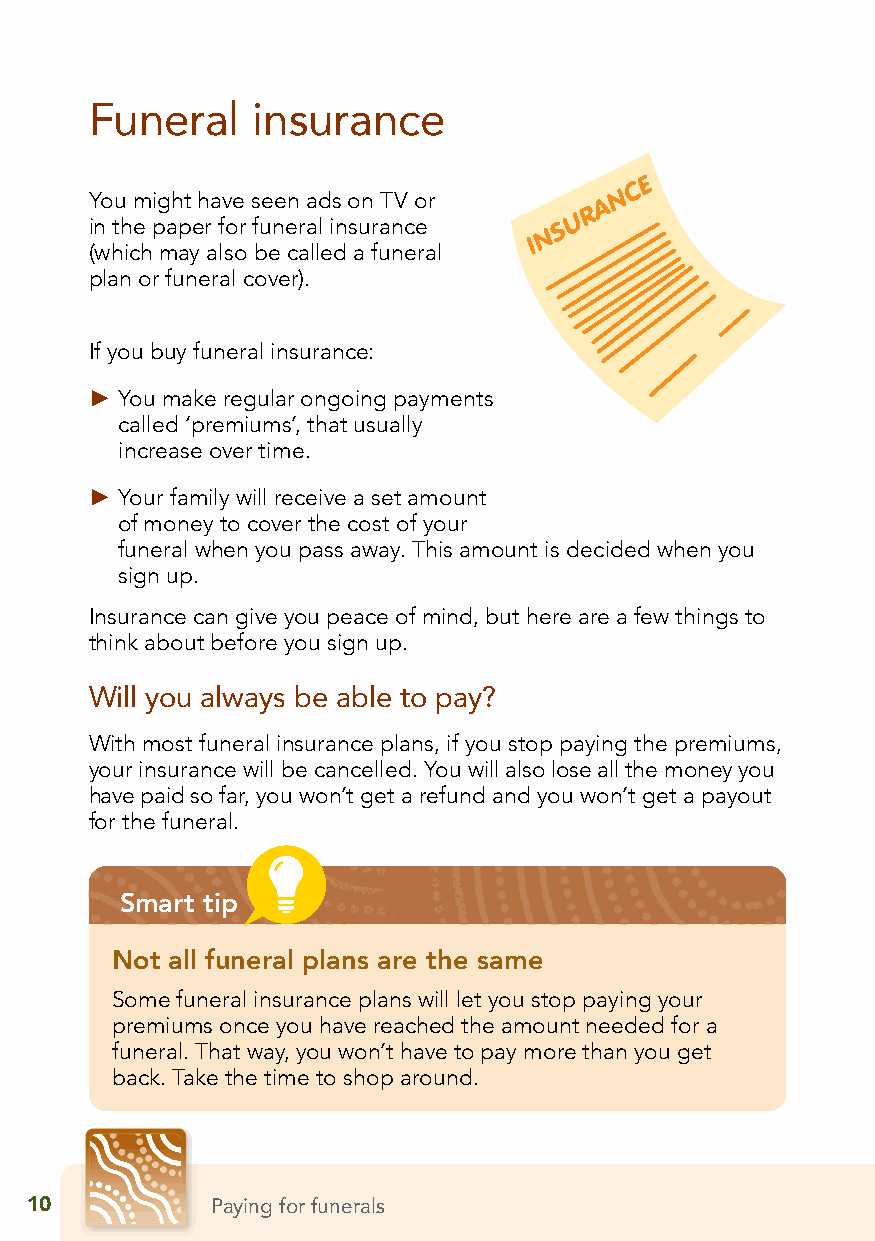
Funeral    insurance
 You might have seen ads on TV or
 in the paper for funeral insurance
 (which may also be called a funeral
 plan or funeral cover).
 If you buy funeral insurance:
 ► You make regular ongoing payments
 called ‘premiums’, that usually
 increase over time.
 ► Your family will receive a set amount
 of money to cover the cost of your
 funeral when you pass away. This amount is decided when you
 sign up.
 Insurance can give you peace of mind, but here are a few things to
 think about before you sign up.
 Will you always be able to pay?
 With most funeral insurance plans, if you stop paying the premiums,
 your insurance will be cancelled. You will also lose all the money you
 have paid so far, you won’t get a refund and you won’t get a payout
 for the funeral.
 Smart tip
 Not all funeral plans are the same
 Some funeral insurance plans will let you stop paying your
 premiums once you have reached the amount needed for a
 funeral. That way, you won’t have to pay more than you get
 back. Take the time to shop around.
 10          Paying for funerals